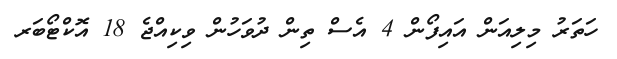
ހަތަރު މިލިއަން އައިފޯން 4 އެސް ތިން ދުވަހުން ވިކިއްޖެ 18 އޮކްޓޯބަރ